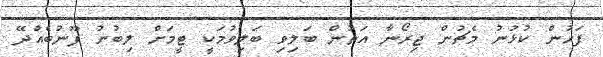
ފަހުން ކުޅުނު މެޗުން ޖިރޯނާ އަތުން ބަލިވި ބަލިވުމަކީ ޓީމަށް ލިބުނު ފޫނުބެއްދޭ